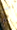
كم